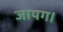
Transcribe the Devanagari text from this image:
जायग।